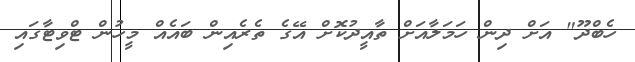
ހެބްދޫ" އަށް ދިން ހަމަލާއަށް ތާއީދުކޮށް އޭގެ ތެރެއިން ބައެއް މީހުން ޓްވިޓާގައި